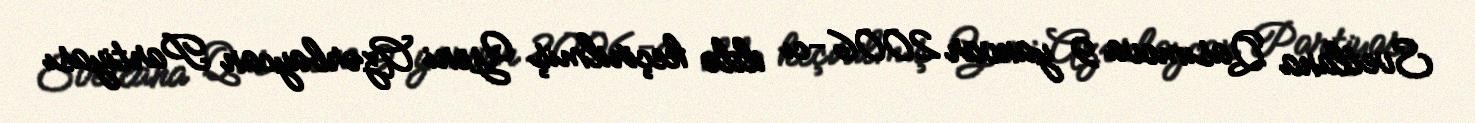
Svetlana Qasımova 9 yanvar 2006-cı ildə keçirilmiş Yeni Azərbaycan Partiyası